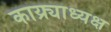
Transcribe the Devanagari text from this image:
काय्र्याध्यक्ष